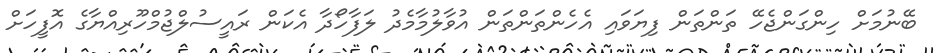
ބޭނުމަށް ހިންގަންޖެހޭ ތަންތަން ފިޔަވައި އެހެންތަންތަން އުވާލުމާމެދު ލަފާހޯދާ އެކަން ރައީސުލްޖުމްހޫރިއްޔާގެ އޮފީހަށް